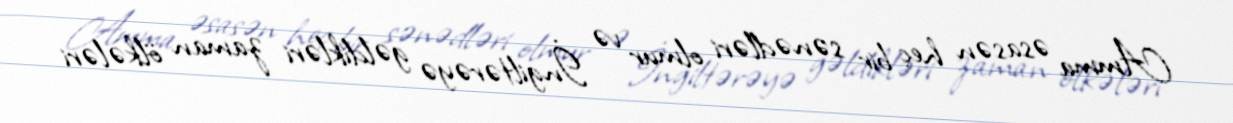
Amma əsasən heç bir sənədləri olmur və İngiltərəyə gəldikləri zaman ölkələri